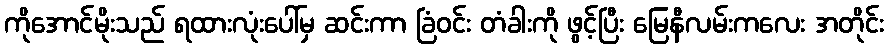
ကိုအောင်မိုးသည် ရထားလုံးပေါ်မှ ဆင်းကာ ခြံဝင်း တံခါးကို ဖွင့်ပြီး မြေနီလမ်းကလေး အတိုင်း